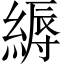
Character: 縟